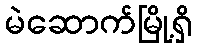
မဲဆောက်မြို့ရှိ